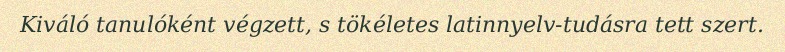
Kiváló tanulóként végzett, s tökéletes latinnyelv-tudásra tett szert.